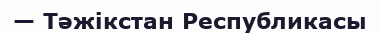
— Тәжікстан Республикасы